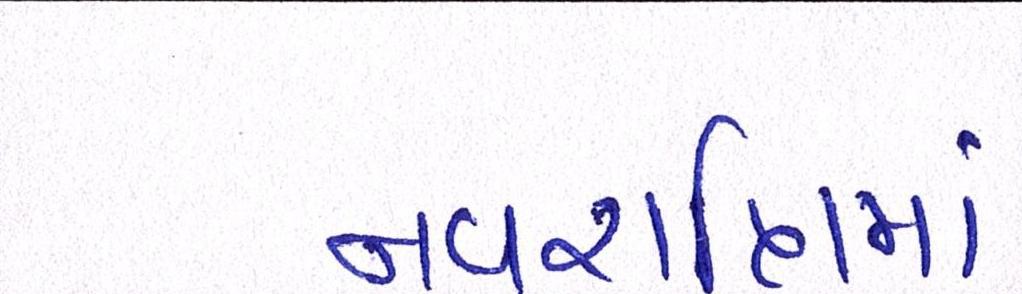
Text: નવરાત્રિમાં